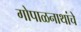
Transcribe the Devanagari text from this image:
गोपाळनाथांचे